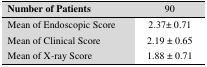
| Number of Patients | 90 |
 | --- | --- |
 | Mean of Endoscopic Score | 2.37± 0.71 |
 | Mean of Clinical Score | 2.19 ± 0.65 |
 | Mean of X-ray Score | 1.88 ± 0.71 |